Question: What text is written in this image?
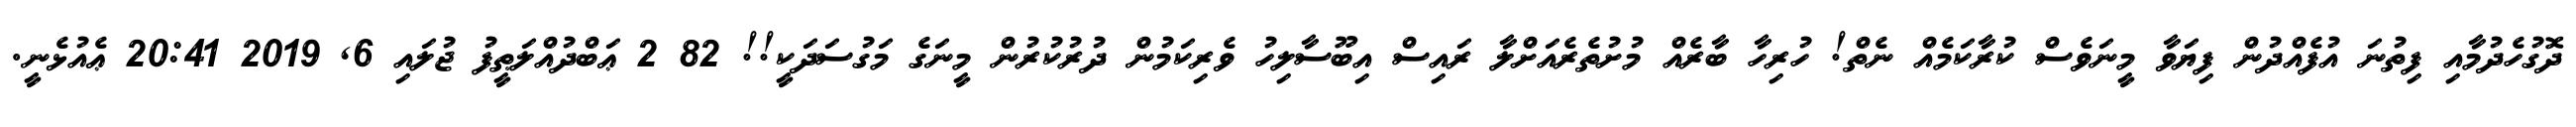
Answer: ދޮގުހެދުމާއި ފިތުނަ އުފެއްދުން ފިޔަވާ މީނަވެސް ކުރާކަމެއް ނެތް! ހުރިހާ ބާރެއް މުށުތެރެއަށްލާ ރައިސް އިބޫސާލިހު ވެރިކަމުން ދުރުކުރުން މީނަގެ މަގުސަދަކީ!! 82 2 ޢަބްދުއްލަޠީފު ޖުލައި 6, 2019 20:41 ޢެއުޅެނީ.